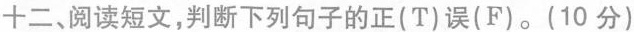
十二、阅读短文,判断下列句子的正(T)误(F)。(10 分)